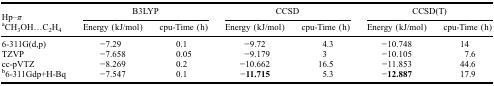
| Hp–π | <COLSPAN=2> B3LYP | <COLSPAN=2> CCSD | <COLSPAN=2> CCSD(T) |
 | aCH3OH...C2H4 | Energy (kJ/mol) | cpu-Time (h) | Energy (kJ/mol) | cpu-Time (h) | Energy (kJ/mol) | cpu-Time (h) |
 | --- | --- | --- | --- | --- | --- | --- |
 | 6-311G(d,p) | −7.29 | 0.1 | −9.72 | 4.3 | −10.748 | 14 |
 | TZVP | −7.658 | 0.05 | −9.179 | 3 | −10.105 | 7.6 |
 | cc-pVTZ | −8.269 | 0.2 | −10.662 | 16.5 | −11.853 | 44.6 |
 | b6-311Gdp+H-Bq | −7.547 | 0.1 | −11.715 | 5.3 | −12.887 | 17.9 |